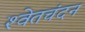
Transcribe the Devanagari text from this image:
श्‍वेतचंदन